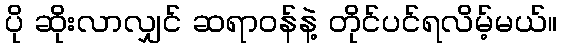
ပို ဆိုးလာလျှင် ဆရာဝန်နဲ့ တိုင်ပင်ရလိမ့်မယ်။